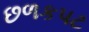
છળકપટ